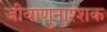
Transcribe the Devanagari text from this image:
जीवाणुनाश्शक